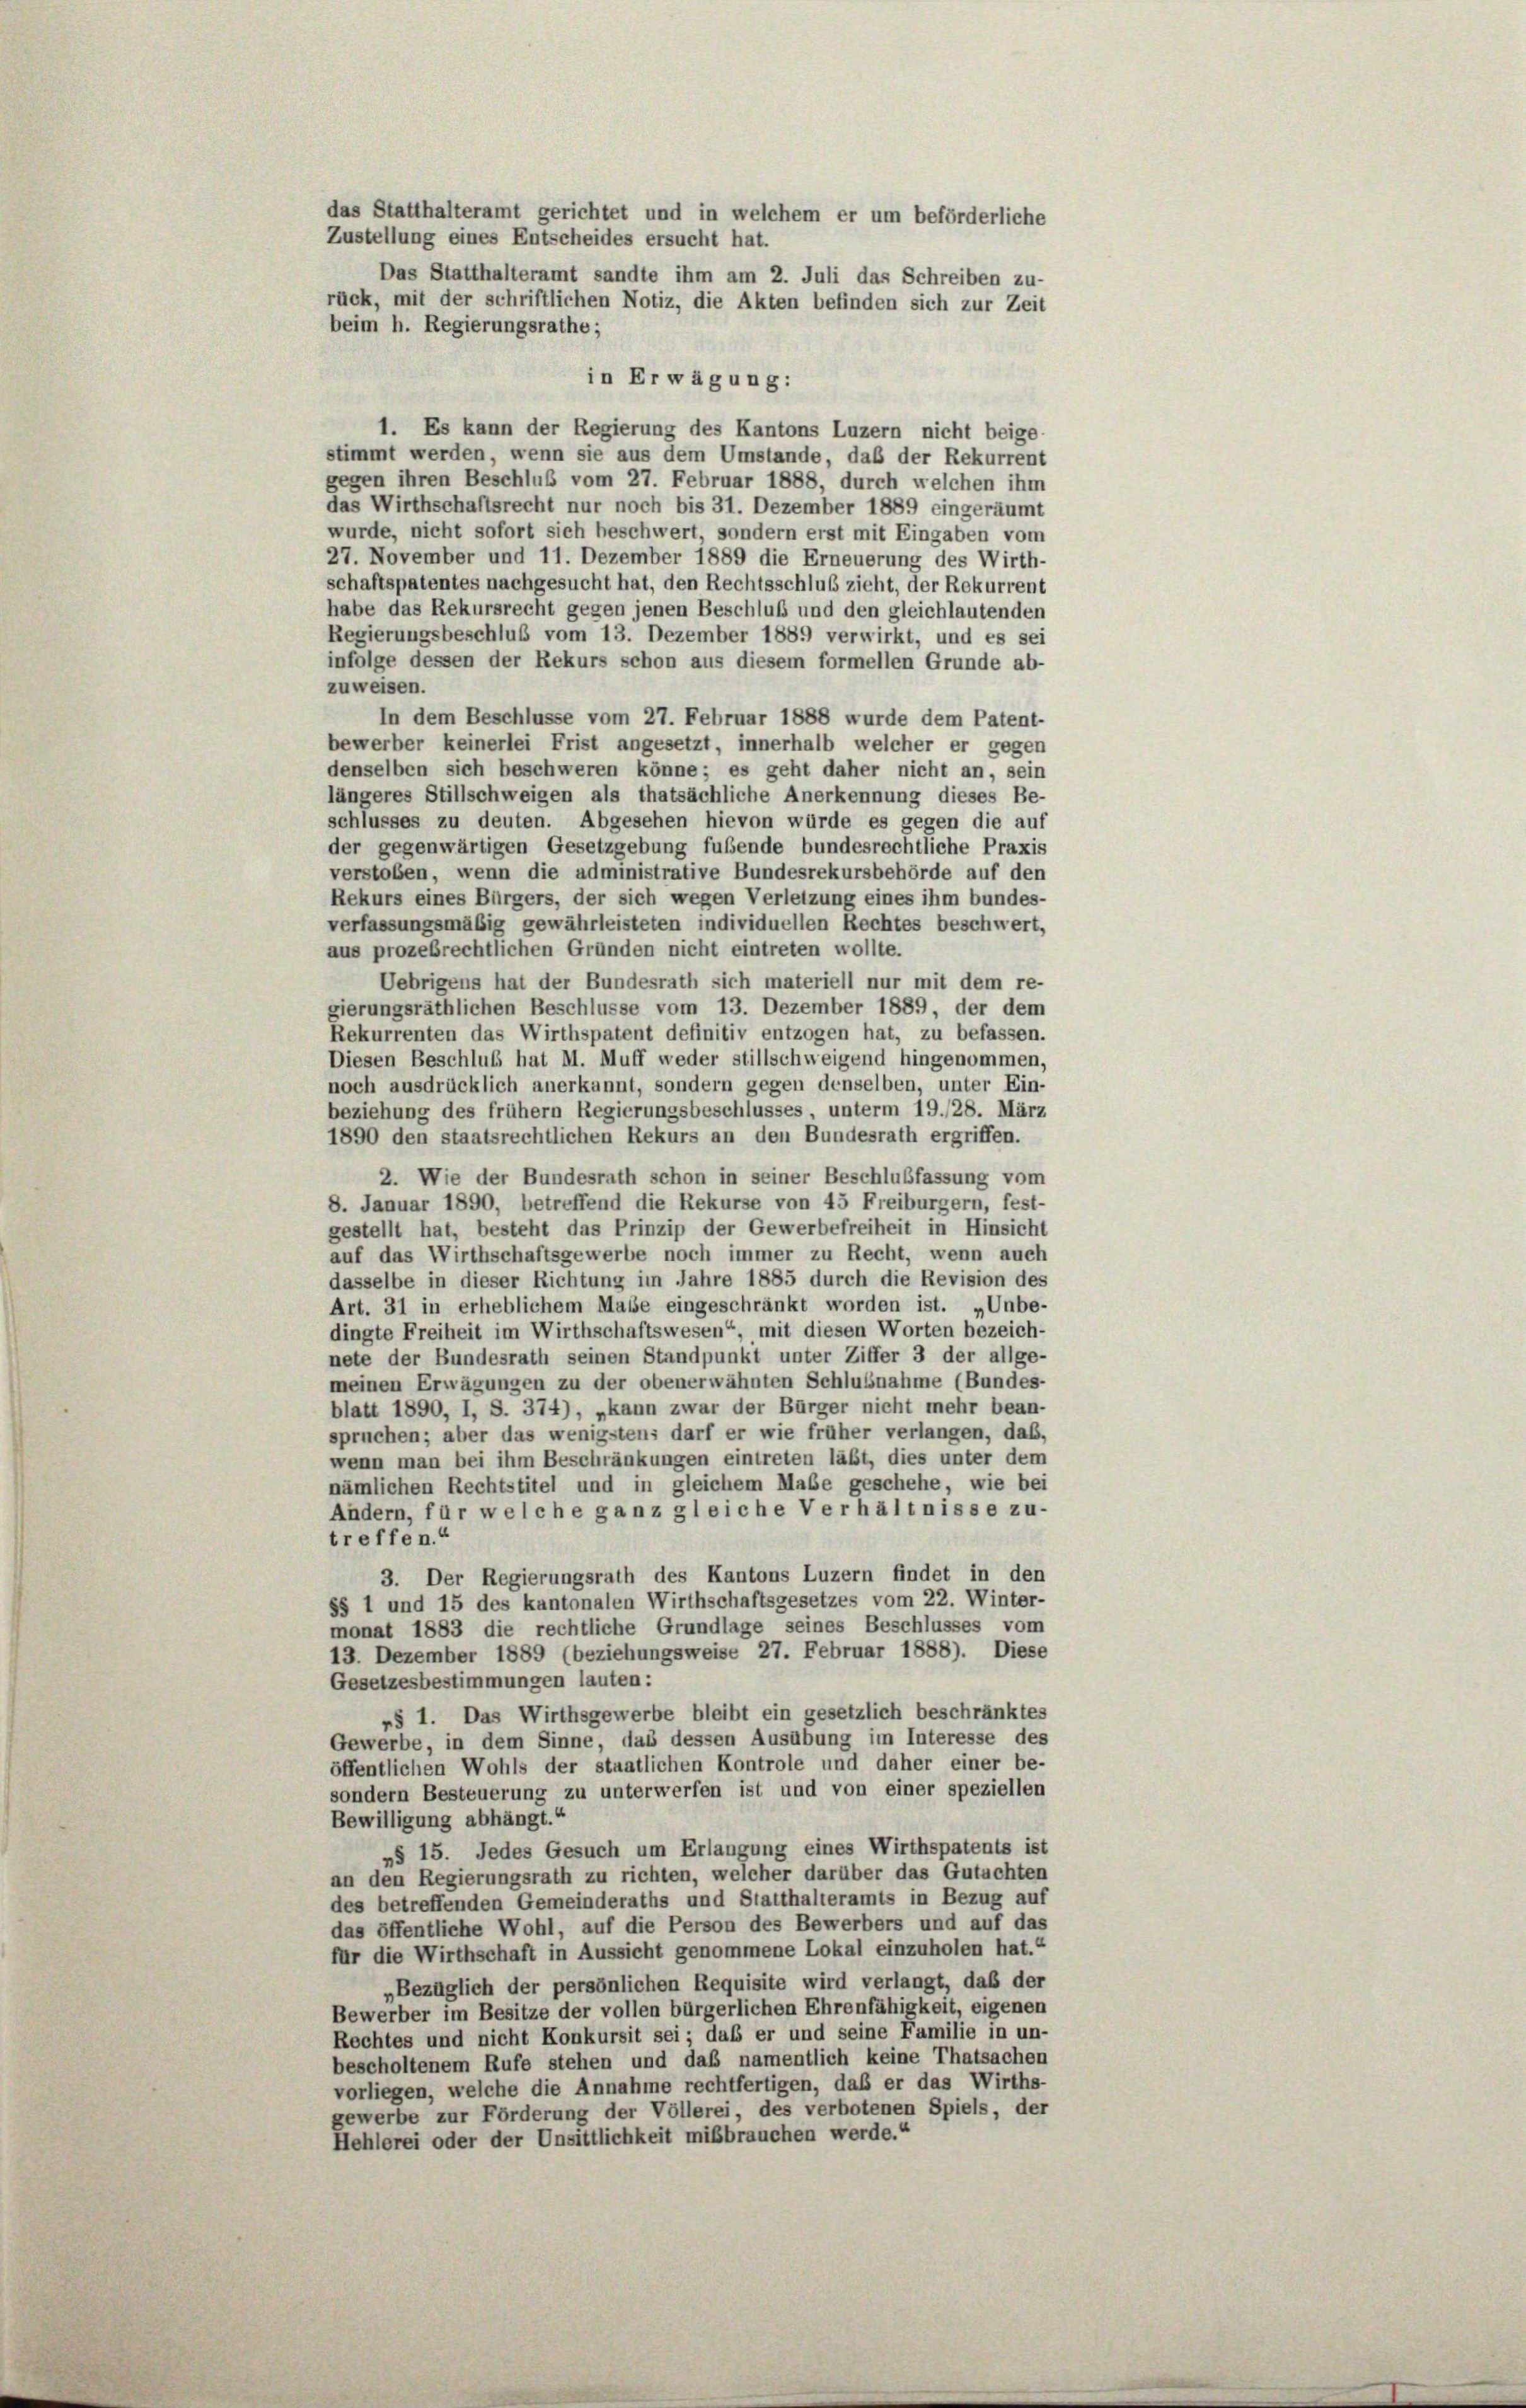
das Statthalteramt gerichtet und in welchem er um beförderliche
Zustellung eines Entscheides ersucht hat.
Das Statthalteramt sandte ihm am 2. Juli das Schreiben zu-
rück, mit der schriftlichen Notiz, die Akten befinden sich zur Zeit
beim h. Regierungsrathe;

in Erwägung:
1. Es kann der Regierung des Kantons Luzern nicht beige
stimmt werden, wenn sie aus dem Umstände, daß der Rekurrent
gegen ihren Beschluß vom 27. Februar 1888, durch welchen ihm
das Wirthschaftsrecht nur noch bis 31. Dezember 1889 eingeräumt
wurde, nicht sofort sich beschwert, sondern erst mit Eingaben vom
27. November und 11. Dezember 1889 die Erneuerung des Wirth-
schaftspatentes nachgesucht hat, den Rechtsschluß zieht, der Rekurrent
habe das Rekursrecht gegen jenen Beschluß und den gleichlautenden
Regierungsbeschluß vom 13. Dezember 1889 verwirkt, und es sei
infolge dessen der Rekurs schon aus diesem formellen Grunde ab-
zuweisen.
In dem Beschlüsse vom 27. Februar 1888 wurde dem Patent-
bewerber keinerlei Frist angesetzt, innerhalb welcher er gegen
denselben sich beschweren könne; es geht daher nicht an, sein
längeres Stillschweigen als thatsächliche Anerkennung dieses Be-
schlusses zu deuten. Abgesehen hievon würde es gegen die auf
der gegenwärtigen Gesetzgebung fubende bundesrechtliche Praxis
verstoßen, wenn die administrative Bundesrekursbehörde auf den
Rekurs eines Bürgers, der sich wegen Verletzung eines ihm bundes-
verfassungsmäßig gewährleisteten individuellen Rechtes beschwert,
aus prozebrechtlichen Gründen nicht eintreten wollte.
Uebrigens hat der Bundesrath sich materiell nur mit dem re-
gierungsräthlichen Beschlüsse vom 13. Dezember 1889 der dem
Rekurrenten das Wirthspatent definitiv entzogen hat, zu befassen.
Diesen Beschluß hat M. Muff weder stillschweigend hingenommen,
noch ausdrücklich anerkannt, sondern gegen denselben, unter Ein-
beziehung des frühem Regierungsbeschlusses, unterm 19./28. März
1890 den staatsrechtlichen Rekurs an den Bundesrath ergriffen.
2. Wie der Bundesrath schon in seiner Beschlußfassung vom
8. Januar 1890, betreffend die Rekurse von 45 Freiburgern, fest-
gestellt hat, besteht das Prinzip der Gewerbefreiheit in Hinsicht
auf das Wirthschaftsgewerbe noch immer zu Recht, wenn auch
dasselbe in dieser Richtung im Jahre 1885 durch die Revision des
Art. 31 in erheblichem Masse eingeschränkt worden ist. „Unbe-
dingte Freiheit im Wirthschaftswesen“, mit diesen Worten bezeich-
nete der Bundesrath seinen Standpunkt unter Ziffer 3 der allge-
meinen Erwägungen zu der obenerwähnten Schlußnahme (Bundes-
blatt 1890, I, S. 374), „kann zwar der Bürger nicht mehr bean-
spruchen; aber das wenigstens darf er wie früher verlangen, daß,
wenn man bei ihm Beschränkungen eintreten läßt, dies unter dem
nämlichen Rechtstitel und in gleichem Maße geschehe, wie bei
Andern, für welche ganz gleiche Verhältnisse zu-
treffen.“
3. Der Regierungsrath des Kantons Luzern findet in den
§§ 1 und 15 des kantonalen Wirthschaftsgesetzes vom 22. Winter-
monat 1883 die rechtliche Grundlage seines Beschlusses vom
13. Dezember 1889 (beziehungsweise 27. Februar 1888). Diese
Gesetzesbestimmungen lauten:
»§ 1. Das Wirthsgewerbe bleibt ein gesetzlich beschränktes
Gewerbe, in dem Sinne, das dessen Ausübung im Interesse des
öffentlichen Wohls der staatlichen Kontrole und daher einer be-
sondern Besteuerung zu unterwerfen ist und von einer speziellen
Bewilligung abhängt.“
»§ 15. Jedes Gesuch um Erlangung eines Wirthspatents ist
an den Regierungsrath zu richten, welcher darüber das Gutachten
des betreffenden Gemeinderaths und Statthalteramts in Bezug auf
das öffentliche Wohl, auf die Person des Bewerbers und auf das
für die Wirthschaft in Aussicht genommene Lokal einzuholen hat.“
„Bezüglich der persönlichen Requisite wird verlangt, daß der
Bewerber im Besitze der vollen bürgerlichen Ehrenfähigkeit, eigenen
Rechtes und nicht Konkursit sei; daß er und seine Familie in un-
bescholtenem Rufe stehen und daß namentlich keine Thatsachen
vorliegen, welche die Annahme rechtfertigen, daß er das Wirths-
gewerbe zur Förderung der Völlerei, des verbotenen Spiels, der
Hehlerei oder der Unsittlichkeit mißbrauchen werde.“